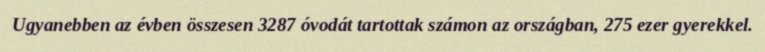
Ugyanebben az évben összesen 3287 óvodát tartottak számon az országban, 275 ezer gyerekkel.